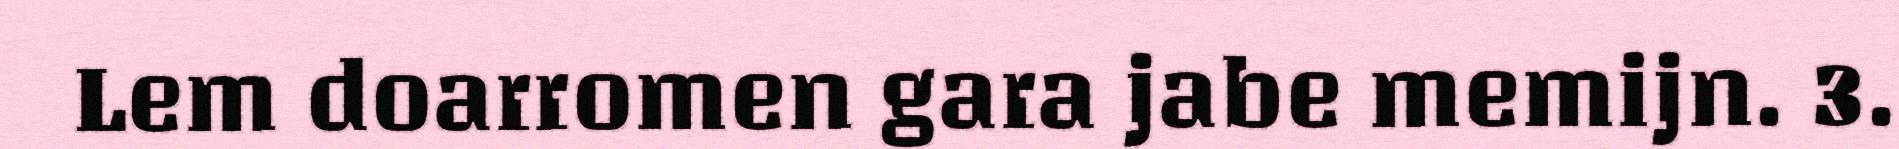
Lem doarromen gara jabe memijn. 3.